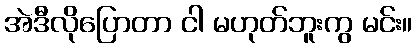
အဲဒီလိုပြောတာ ငါ မဟုတ်ဘူးကွ မင်း။